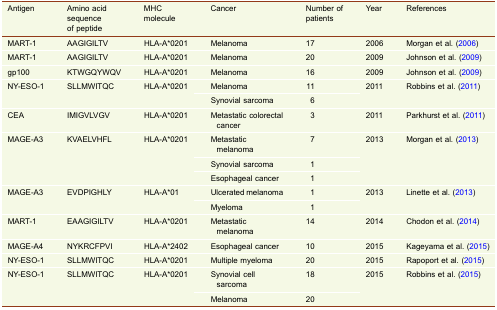
<table><thead><tr><td><b>Antigen</b></td><td><b>Amino acid sequence of peptide</b></td><td><b>MHC molecule</b></td><td><b>Cancer</b></td><td><b>Number of patients</b></td><td><b>Year</b></td><td><b>References</b></td></tr></thead><tbody><tr><td>MART-1</td><td>AAGIGILTV</td><td>HLA-A*0201</td><td>Melanoma</td><td>17</td><td>2006</td><td>Morgan et al. (2006)</td></tr><tr><td>MART-1</td><td>AAGIGILTV</td><td>HLA-A*0201</td><td>Melanoma</td><td>20</td><td>2009</td><td>Johnson et al. (2009)</td></tr><tr><td>gp100</td><td>KTWGQYWQV</td><td>HLA-A*0201</td><td>Melanoma</td><td>16</td><td>2009</td><td>Johnson et al. (2009)</td></tr><tr><td rowspan="2">NY-ESO-1</td><td rowspan="2">SLLMWITQC</td><td rowspan="2">HLA-A*0201</td><td>Melanoma</td><td>11</td><td rowspan="2">2011</td><td rowspan="2">Robbins et al. (2011)</td></tr><tr><td>Synovial sarcoma</td><td>6</td></tr><tr><td>CEA</td><td>IMIGVLVGV</td><td>HLA-A*0201</td><td>Metastatic colorectal cancer</td><td>3</td><td>2011</td><td>Parkhurst et al. (2011)</td></tr><tr><td rowspan="3">MAGE-A3</td><td rowspan="3">KVAELVHFL</td><td rowspan="3">HLA-A*0201</td><td>Metastatic melanoma</td><td>7</td><td rowspan="3">2013</td><td rowspan="3">Morgan et al. (2013)</td></tr><tr><td>Synovial sarcoma</td><td>1</td></tr><tr><td>Esophageal cancer</td><td>1</td></tr><tr><td rowspan="2">MAGE-A3</td><td rowspan="2">EVDPIGHLY</td><td rowspan="2">HLA-A*01</td><td>Ulcerated melanoma</td><td>1</td><td rowspan="2">2013</td><td rowspan="2">Linette et al. (2013)</td></tr><tr><td>Myeloma</td><td>1</td></tr><tr><td>MART-1</td><td>EAAGIGILTV</td><td>HLA-A*0201</td><td>Metastatic melanoma</td><td>14</td><td>2014</td><td>Chodon et al. (2014)</td></tr><tr><td>MAGE-A4</td><td>NYKRCFPVI</td><td>HLA-A*2402</td><td>Esophageal cancer</td><td>10</td><td>2015</td><td>Kageyama et al. (2015)</td></tr><tr><td>NY-ESO-1</td><td>SLLMWITQC</td><td>HLA-A*0201</td><td>Multiple myeloma</td><td>20</td><td>2015</td><td>Rapoport et al. (2015)</td></tr><tr><td rowspan="2">NY-ESO-1</td><td rowspan="2">SLLMWITQC</td><td rowspan="2">HLA-A*0201</td><td>Synovial cell sarcoma</td><td>18</td><td rowspan="2">2015</td><td rowspan="2">Robbins et al. (2015)</td></tr><tr><td>Melanoma</td><td>20</td></tr></tbody></table>